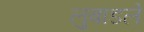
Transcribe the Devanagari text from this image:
लुबाडले